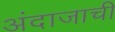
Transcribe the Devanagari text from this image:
अंदाजाची